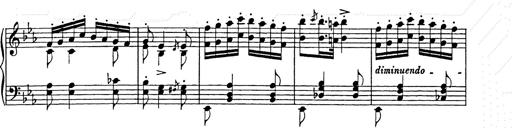
Title: Hungarian Rhapsody No.9
Composer: Franz Liszt
Key: E-flat major